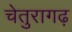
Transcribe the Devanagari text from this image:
चेतुरागढ़